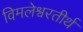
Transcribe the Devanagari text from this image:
विमलेश्वरतीर्थ